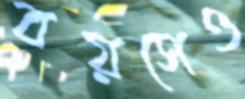
বয়সেও